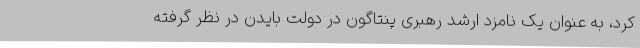
کرد، به عنوان یک نامزد ارشد رهبری پنتاگون در دولت بایدن در نظر گرفته